Lunatic asylums in Bengal annual reports 1912-1924 - 1912-1924
Year: 1912
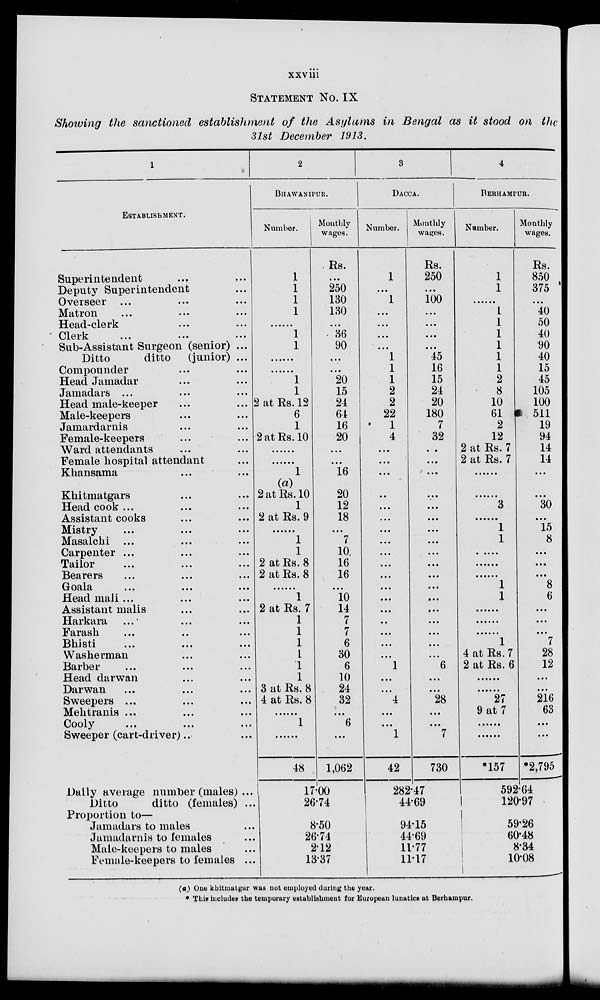
xxviii
STATEMENT No. IX
Showing the sanctioned establishment of the Asylums in Bengal as it stood on the
31st December 1913.
1
ESTABLISHMENT.
Superintendent ... ... ...
Deputy Superintendent ...
Overseer ... ... ...
Matron ... ... ...
Head-clerk ... ... ...
Clerk
...
...
...
Sub-Assistant Surgeon (senior) ...
Ditto
ditto
(junior) ...
Compounder ... ... ...
Head Jamadar ... ... ...
Jamadars ... ... ...
Head male-keeper ... ... ...
Male-keepers ... ... ...
Jamardarnis ... ... ...
Female-keepers ... ... ...
Ward attendants ... ... ...
Female hospital attendant ...
Khansama ... ... ...
Khitmatgars ... ... ...
Head cook ... ... ...
Assistant cooks ... ... ...
Mistry ... ... ...
Masalchi ... ... ...
Carpenter ... ... ...
Tailor
...
...
...
Bearers
...
...
...
Goala
...
...
...
Head mali ... ... ...
Assistant malis ... ... ...
Harkara ... ... ...
Farash
...
...
...
Bhisti ... ... ...
Washerman ... ... ...
Barber ... ... ...
Head darwan ... ... ...
Darwan ... ... ...
Sweepers ... ... ...
Mehtranis ... ... ...
Cooly
Sweeper (cart-driver)..
Daily average number (males) ...
Ditto
ditto (females) ...
Proportion to—
Jamadars to males ...
Jamadarnis to females ...
Male-keepers to males ...
Female-keepers to females ...
2
BHAWANIPUR.
Number.
1
1
1
1
......
1
1
......
......
1
1
2 at Rs. 12
6
1
2 at Rs. 10
......
......
1
(a)
2 at Rs.10
1
2 at Rs. 9
......
1
1
2 at Rs. 8
2 at Rs. 8
......
1
2 at Rs. 7
1
1
1
1
1
1
3 at Rs. 8
4 at Rs. 8
......
1
......
48
Monthly
wages.
Rs.
...
250
130
130
...
36
90
...
...
20
15
24
64
16
20
...
...
16
20
12
18
...
7
10
16
16
...
10
14
7
7
6
30
6
10
24
32
...
6
...
1,062
17.00
26.74
8.50
26.74
2.12
13.37
3
DACCA.
Number.
1
...
1
...
...
...
...
1
1
1
2
2
22
1
4
...
...
...
...
...
...
...
...
...
...
...
...
...
...
...
...
...
...
1
...
...
4
...
...
1
42
Monthly
wages.
Rs.
250
...
100
...
...
...
...
45
16
15
24
20
180
7
32
...
...
...
...
...
...
...
...
...
...
...
...
...
...
...
...
...
...
6
...
...
28
...
...
7
730
282.47
44.69
94.15
44.69
11.77
11.17
4
BERHAMPUR.
Number.
1
1
......
1
1
1
1
1
1
2
8
10
61
2
12
2 at Rs. 7
2 at Rs. 7
......
......
3
......
1
1
....
......
......
1
1
......
......
......
1
4 at Rs. 7
2 at Rs. 6
......
......
27
9 at 7
......
......
*157
Monthly
wages.
Rs.
850
375
...
40
50
40
90
40
15
45
105
100
511
19
94
14
14
...
...
30
...
15
8
...
...
...
8
6
...
...
...
7
28
12
...
...
216
63
...
...
*2,795
592.64
120.97
59.26
60.48
8.34
10.08
(a) One khitmatgar was not employed during the year.
* This includes the temporary establishment for European lunatics at Berhampur.